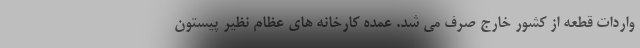
واردات قطعه از کشور خارج صرف می شد. عمده کارخانه های عظام نظیر پیستون